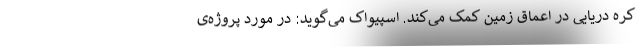
کره دریایی در اعماق زمین کمک می‌کند. اسپیواک می‌گوید: در مورد پروژه‌ی